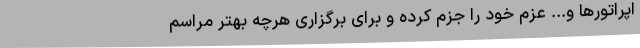
اپراتورها و... عزم خود را جزم کرده و برای برگزاری هرچه بهتر مراسم